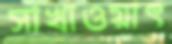
সাখাওয়াৎ